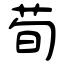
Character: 荀